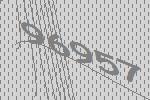
96957